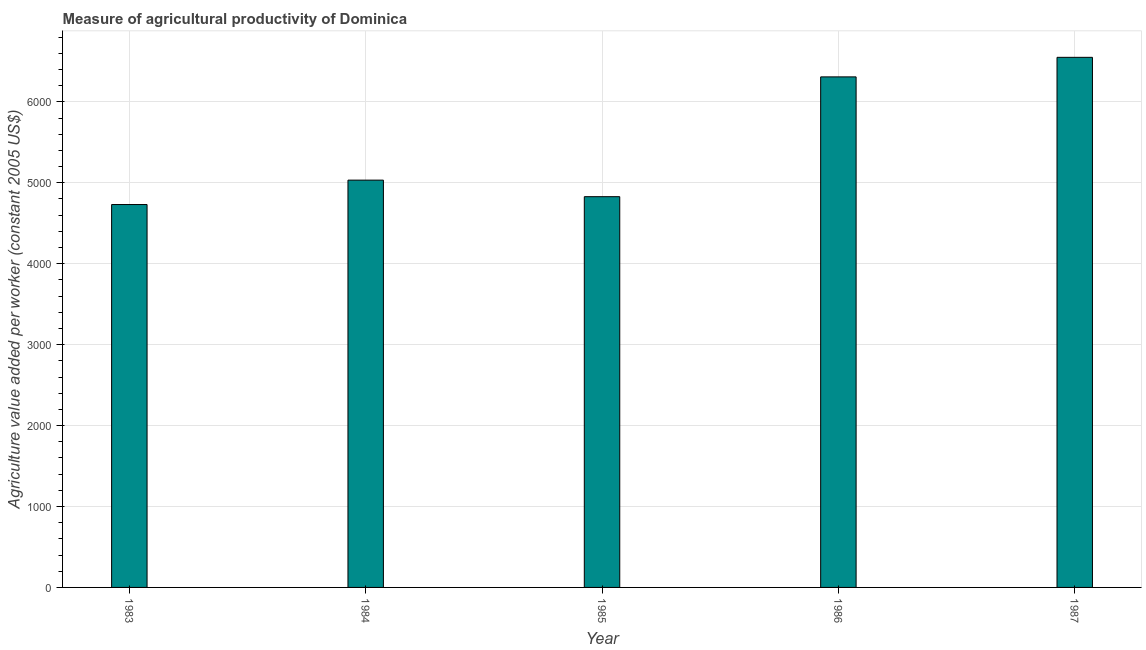
| Year | Agriculture value added per worker |
 | --- | --- |
 | 1983 | 4.73e+03 |
 | 1984 | 5.03e+03 |
 | 1985 | 4.83e+03 |
 | 1986 | 6.31e+03 |
 | 1987 | 6.55e+03 |